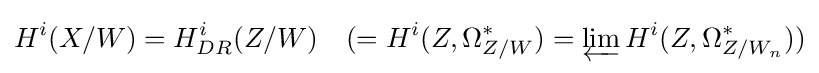
H^{i}(X/W)=H_{DR}^{i}(Z/W)\quad (=H^{i}(Z,\Omega _{Z/W}^{*})=\varprojlim H^{i}(Z,\Omega _{Z/W_{n}}^{*}))